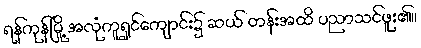
ရန်ကုန်မြို့ အလုံကူရှင်ကျောင်း၌ ဆယ် တန်းအထိ ပညာသင်ဖူး၏။